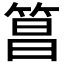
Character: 𬕑